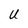
Character: U